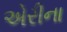
એરીના